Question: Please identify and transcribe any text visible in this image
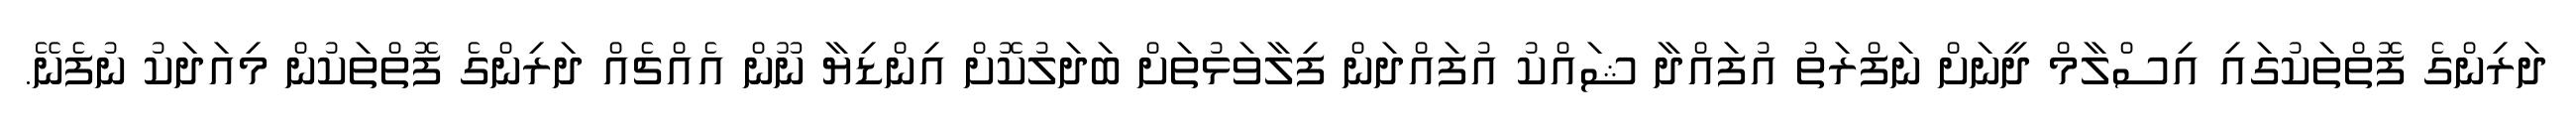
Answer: ދަރިންގެ ފޮތްތަކުގައި އިސްލާމް ދީނަށް ނަފްރަތު އުފައްދާ ޝައްކު އުފައްދަން ފިލާވަޅުތަށް ބަދަލުކޮށް އިންޑިޔާ ނޫން އެއްޗެއް ދަރިންގެ ފޮތްތަކުން މިއަދަކު ނުފެނޭ.